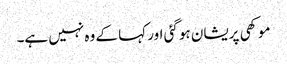
موکھی پریشان ہو گئی اور کہا کے وہ نہیں ہے۔